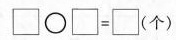
\Box \circ \Box = \Box (个)